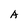
Character: A